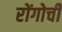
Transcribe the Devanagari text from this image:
रोंगोची